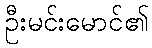
ဦးမင်းမောင်၏